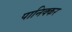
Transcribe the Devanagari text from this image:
पानिक्कर